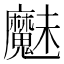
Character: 𮫩